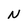
Character: N